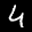
Label: 4